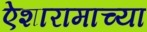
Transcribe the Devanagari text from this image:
ऐशारामाच्या